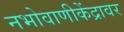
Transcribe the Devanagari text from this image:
नभोवाणीकेंद्रावर